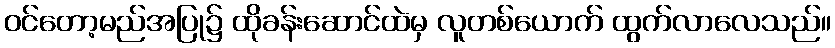
ဝင်တော့မည်အပြု၌ ထိုခန်းဆောင်ထဲမှ လူတစ်ယောက် ထွက်လာလေသည်။